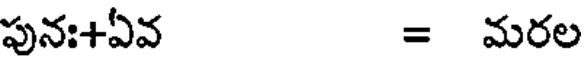
పునః+ఏవ = మరల